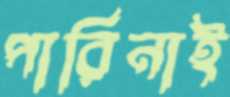
পারিনাই